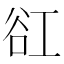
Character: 䜫